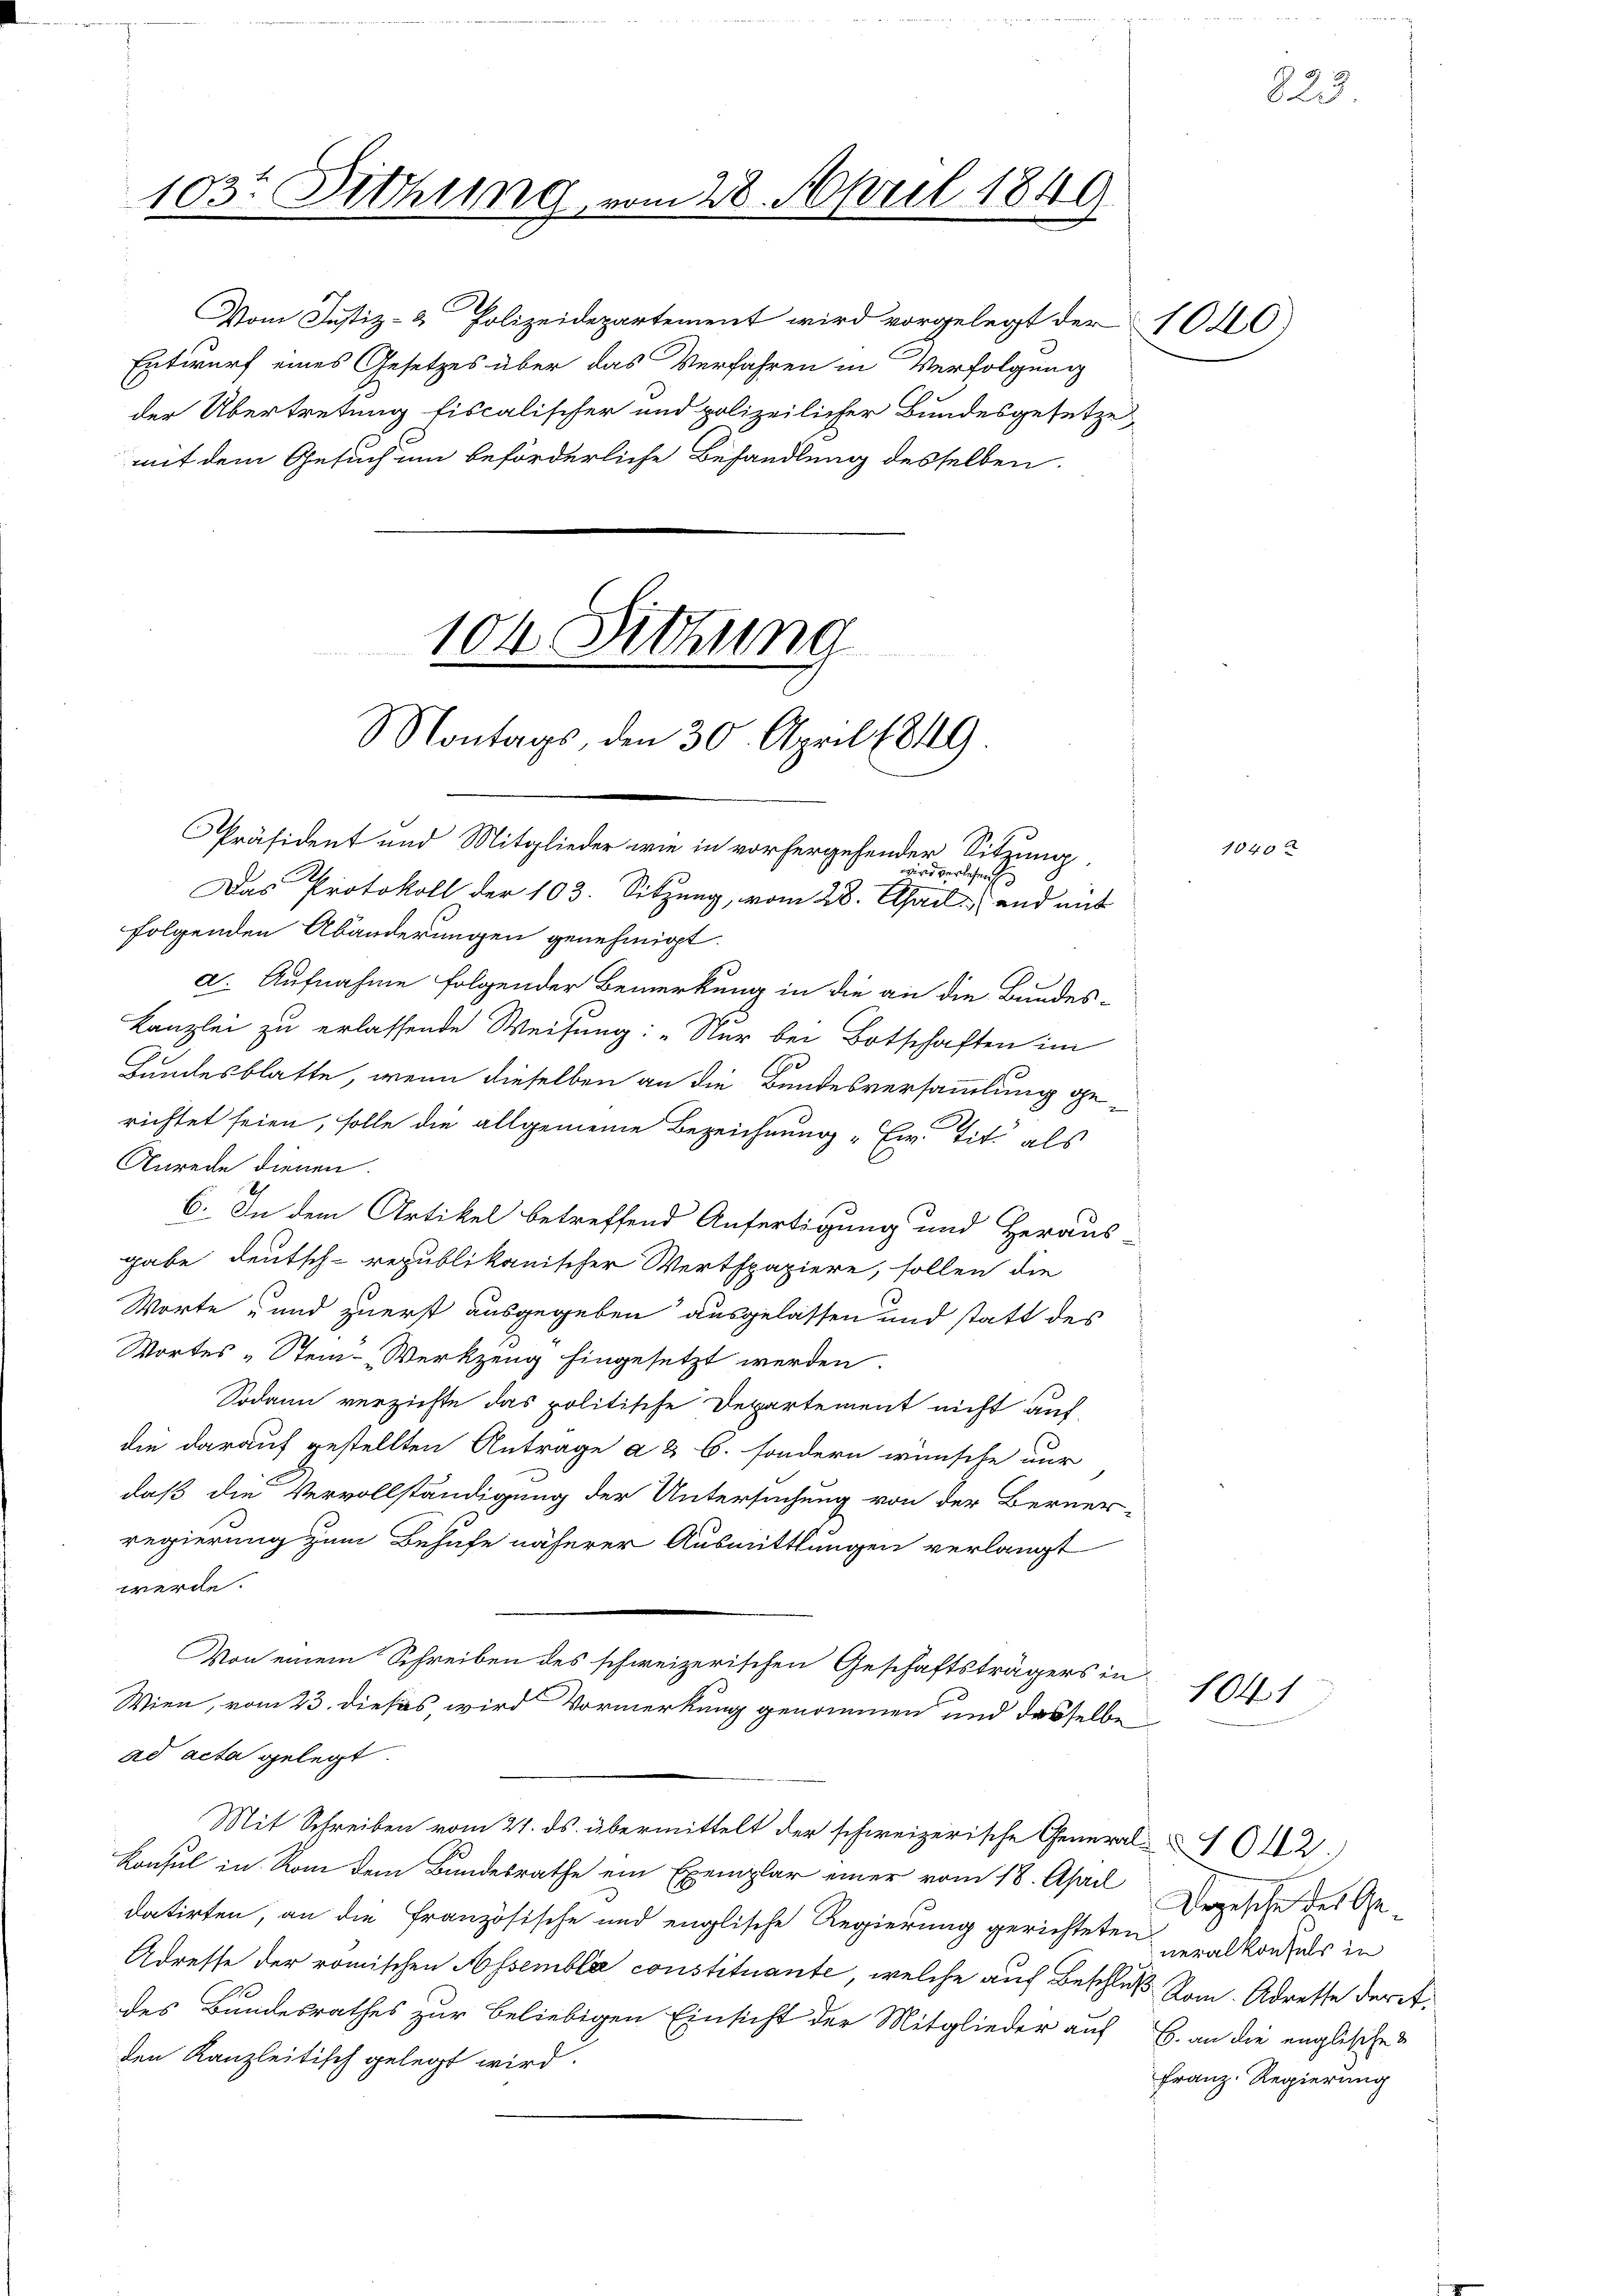
103. Dethung vom 28. April 1849.

Vom Justiz- & Polizeidepartement wird vorgelegt der 1040)
Entwurf eines Gesetzes über das Verfahren in Verfolgung
der Übertretung fiscalischer und polizeilicher Bundesgesetze
mit dem Gesuch um beförderliche Behandlung desselben

Montags, den 30. April 1849

102. Sitzung

Präsident und Mitglieder wie in vorhergehender Sitzung
ird verlesen
Das Protokoll der 103. Sitzung, vom 28. April und mit
folgenden Abänderungen genehmigt.
d. Aufnahme folgender Bemerkung in die an die Bundes-
Kanzlei zu erlassende Weisung: „Nur bei Botschaften im
.
C
Hundesblatte, wenn dieselben an die Bundesversammlung gerichtet seien, solle die allgemeine Bezeichnung "Ew. Tit. als
Anrede dienen
6. In dem Artikel betreffend Anfertigung und Heraus
gabe deutsch-republikanischer Werthpapiere, sollen die
Worte „und zuerst ausgegeben ausgelassen und statt des
Wortes „Stein-Werkzeug hingesetzt werden.
Sodann verzichte das politische Departement nicht auf
die darauf gestellten Antrage a & b. sondern wünsche nur
daß die Vervollständigung der Untersuchung von der Berner-
regierung zum Behufe näherer Ausmittlungen verlangt
werde.
Von einem Schreiben des schweizerischen Geschäftsträgers in
Wien, vom 23. dieses, wird Vormerkung genommen und dasselbe
ad acta gelegt.
Mit Schreiben vom 21. ds. übermittelt der schweizerische General- 612)
Konsul in Rom dem Bundesrathe ein Exemplar einer vom 18. April
datirten, an die Französische und englische Regierung gerichteten veralkonses in
Adresse der römischen Assembla constituante, welche auf Beschluß Rom. Adresse der Afdes Bundesrathes zur Beliebigen Einsicht der Mitglieder auf B. an die englisches
den Kanzleitisch gelegt wird.

1041

1040

223

Urgesche des Ge¬
Franz. Regierung